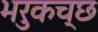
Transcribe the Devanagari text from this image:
भरुकच्छ